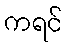
ကရင်